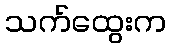
သက်ထွေးက